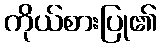
ကိုယ်စားပြု၏